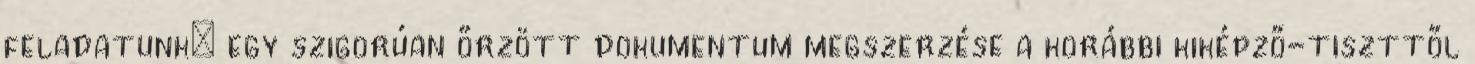
feladatunk: egy szigorúan őrzött dokumentum megszerzése a korábbi kiképző-tiszttől